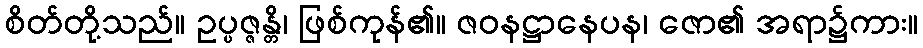
စိတ်တို့သည်။ ဥပ္ပဇ္ဇန္တိ၊ ဖြစ်ကုန်၏။ ဇဝနဋ္ဌာနေပန၊ ဇော၏ အရာ၌ကား။